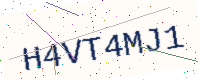
Text: H4VT4MJ1